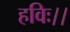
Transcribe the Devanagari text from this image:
हविः।।